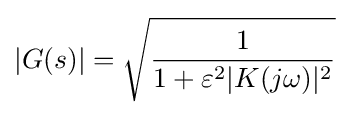
|G(s)|={\sqrt {\frac {1}{1+\varepsilon ^{2}|K(j\omega )|^{2}}}}